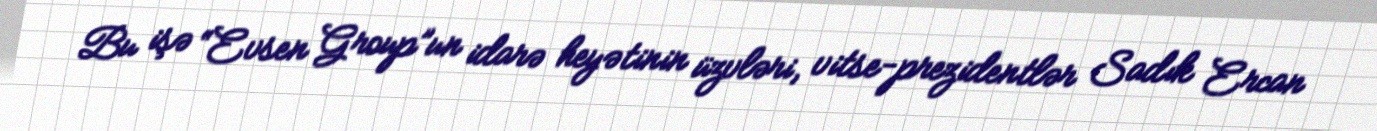
Bu işə “Evsen Group”un idarə heyətinin üzvləri, vitse-prezidentlər Sadık Ercan